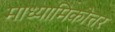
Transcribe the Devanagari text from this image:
माध्यामिकोत्तर